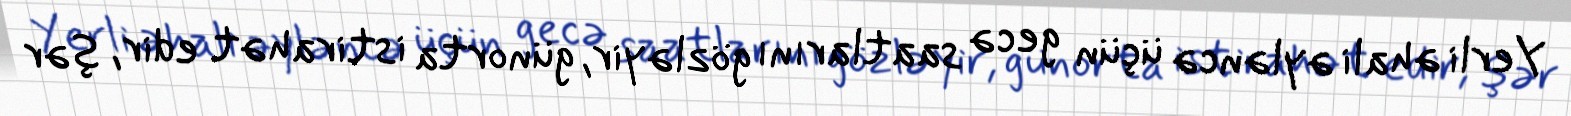
Yerli əhali əyləncə üçün gecə saatlarını gözləyir, günorta istirahət edir, şər